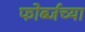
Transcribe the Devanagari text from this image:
फोर्ब्जच्या